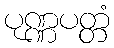
ပုဏ္ဏပတ္တံ